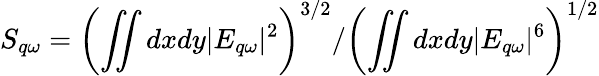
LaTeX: S_{q\omega}={\left(\iint dxdy|E_{q\omega}|^{2}\right)^{3/2}}/{\left(\iint dxdy|E_{q\omega}|^{6}\right)^{1/2}}